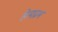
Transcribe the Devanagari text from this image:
हेमप्रभ